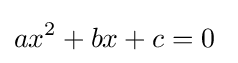
ax^{2}+bx+c=0\